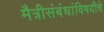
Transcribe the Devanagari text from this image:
मैत्रीसंबंधांविषयीचे